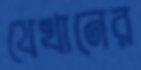
যেখানের